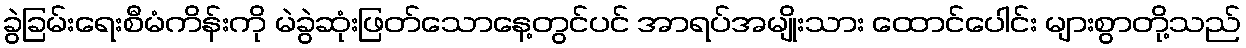
ခွဲခြမ်းရေးစီမံကိန်းကို မဲခွဲဆုံးဖြတ်သောနေ့တွင်ပင် အာရပ်အမျိုးသား ထောင်ပေါင်း များစွာတို့သည်